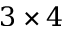
3 \times 4